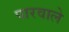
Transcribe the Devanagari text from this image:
पारवाले